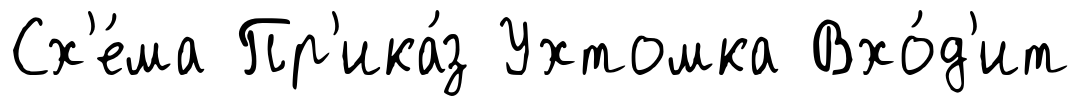
Сх'е́ма Пр'ика́з Ухтомка Вхо́д'ит